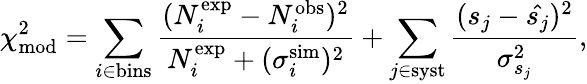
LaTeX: \chi_{\mathrm{mod}}^{2}=\sum_{i\in\mathrm{bins}}^{}\frac{(N_{i}^{\mathrm{exp}}-N_{i}^{\mathrm{obs}})^{2}}{N_{i}^{\mathrm{exp}}+(\sigma_{i}^{\mathrm{sim}})^{2}}+\sum_{j\in\mathrm{syst}}^{}\frac{(s_{j}-\hat{s_{j}})^{2}}{\sigma_{s_{j}}^{2}},